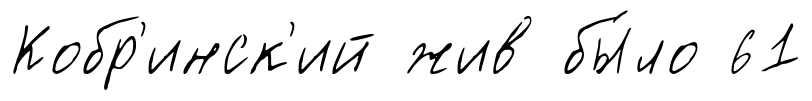
Кобр'инск'ий жив бы́ло 61